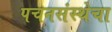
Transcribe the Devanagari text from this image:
पचनसंस्थेचा